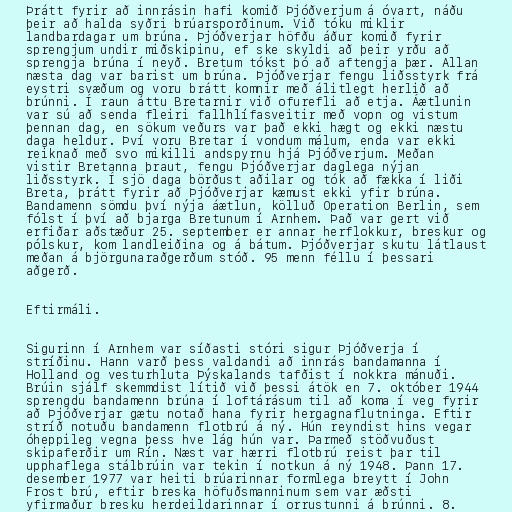
Þrátt fyrir að innrásin hafi komið Þjóðverjum á óvart, náðu
þeir að halda syðri brúarsporðinum. Við tóku miklir
landbardagar um brúna. Þjóðverjar höfðu áður komið fyrir
sprengjum undir miðskipinu, ef ske skyldi að þeir yrðu að
sprengja brúna í neyð. Bretum tókst þó að aftengja þær. Allan
næsta dag var barist um brúna. Þjóðverjar fengu liðsstyrk frá
eystri svæðum og voru brátt komnir með álitlegt herlið að
brúnni. Í raun áttu Bretarnir við ofurefli að etja. Áætlunin
var sú að senda fleiri fallhlífasveitir með vopn og vistum
þennan dag, en sökum veðurs var það ekki hægt og ekki næstu
daga heldur. Því voru Bretar í vondum málum, enda var ekki
reiknað með svo mikilli andspyrnu hjá Þjóðverjum. Meðan
vistir Bretanna þraut, fengu Þjóðverjar daglega nýjan
liðsstyrk. Í sjö daga börðust aðilar og tók að fækka í liði
Breta, þrátt fyrir að Þjóðverjar kæmust ekki yfir brúna.
Bandamenn sömdu því nýja áætlun, kölluð Operation Berlin, sem
fólst í því að bjarga Bretunum í Arnhem. Það var gert við
erfiðar aðstæður 25. september er annar herflokkur, breskur og
pólskur, kom landleiðina og á bátum. Þjóðverjar skutu látlaust
meðan á björgunaraðgerðum stóð. 95 menn féllu í þessari
aðgerð.

Eftirmáli.

Sigurinn í Arnhem var síðasti stóri sigur Þjóðverja í
stríðinu. Hann varð þess valdandi að innrás bandamanna í
Holland og vesturhluta Þýskalands tafðist í nokkra mánuði.
Brúin sjálf skemmdist lítið við þessi átök en 7. október 1944
sprengdu bandamenn brúna í loftárásum til að koma í veg fyrir
að Þjóðverjar gætu notað hana fyrir hergagnaflutninga. Eftir
stríð notuðu bandamenn flotbrú á ný. Hún reyndist hins vegar
óheppileg vegna þess hve lág hún var. Þarmeð stöðvuðust
skipaferðir um Rín. Næst var hærri flotbrú reist þar til
upphaflega stálbrúin var tekin í notkun á ný 1948. Þann 17.
desember 1977 var heiti brúarinnar formlega breytt í John
Frost brú, eftir breska höfuðsmanninum sem var æðsti
yfirmaður bresku herdeildarinnar í orrustunni á brúnni. 8.